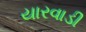
યારવાડી